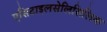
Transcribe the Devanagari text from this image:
एसिटाइलसेलिसिलिक